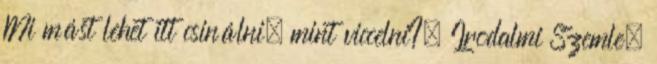
Mi mást lehet itt csinálni, mint viccelni?, Irodalmi Szemle,